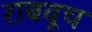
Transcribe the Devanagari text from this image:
राबवूच